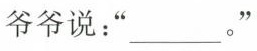
爷爷说：“___。”